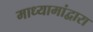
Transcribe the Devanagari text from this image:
माध्यामांद्वारा